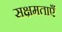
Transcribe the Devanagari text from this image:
सक्षमताएँ